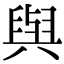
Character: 𫟋